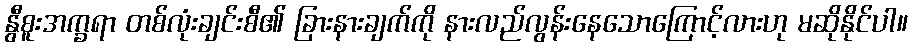
နွီစူးအက္ခရာ တစ်လုံးချင်းစီ၏ ခြားနားချက်ကို နားလည်လွန်းနေသောကြောင့်လားဟု မဆိုနိုင်ပါ။